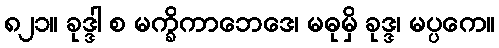
၈၂၁။ ခုဒ္ဒါ စ မက္ခိကာဘေဒေ၊ မဓုမှိ ခုဒ္ဒ၊ မပ္ပကေ။